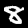
Label: 8